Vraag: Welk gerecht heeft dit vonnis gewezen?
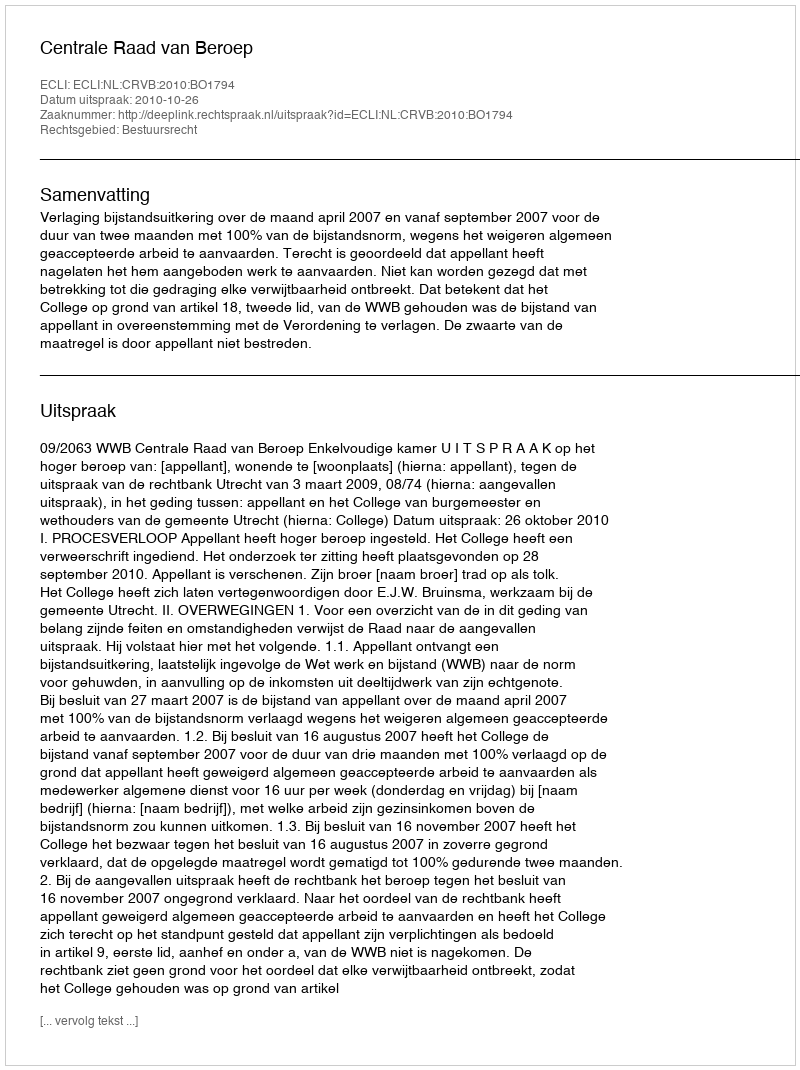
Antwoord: Centrale Raad van Beroep